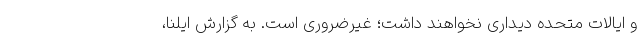
و ایالات متحده دیداری نخواهند داشت؛ غیرضروری است. به گزارش ایلنا،